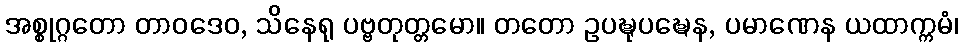
အစ္စုဂ္ဂတော တာဝဒေဝ, သိနေရု ပဗ္ဗတုတ္တမော။ တတော ဥပဍ္ဎုပဍ္ဎေန, ပမာဏေန ယထာက္ကမံ၊